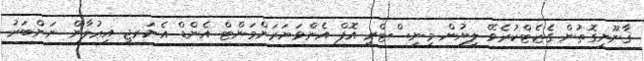
ޤާނޫނީގޮތުން ގެޒެޓްކުރެވޭ ލިޔުން މިނިސްޓްރީ އޮފް އެންވަޔަރަންމަންޓް އެންޑް އެނަރޖީ އިޢުލާން ނަންބަރު